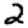
Digit: 2